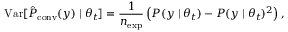
\mathrm { \mathop { V a r } } [ \hat { P } _ { \mathrm { c o n v } } ( y ) \mid \theta _ { t } ] = \frac { 1 } { n _ { \mathrm { e x p } } } \left( P ( y \mid \theta _ { t } ) - P ( y \mid \theta _ { t } ) ^ { 2 } \right) ,